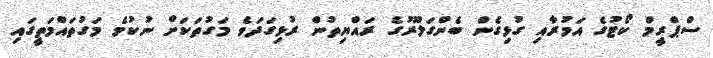
ސްޕްރީމް ކޯޓުގެ އަމުރާއި ގުޅިގެން ބެންގަލޫރުގެ ރައްޔިތުން ރުޅިގަދަވެ މަގުތަކަށް ނުކުމެ މަގުތައްމަތީގައި